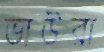
ভাউরা